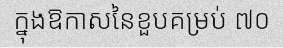
ក្នុងឱកាសនៃខួបគម្រប់ ៧០